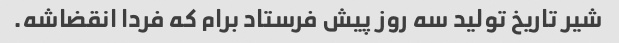
شیر تاریخ تولید سه روز پیش فرستاد برام که فردا انقضاشه.